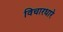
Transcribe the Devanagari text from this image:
विचारधारे